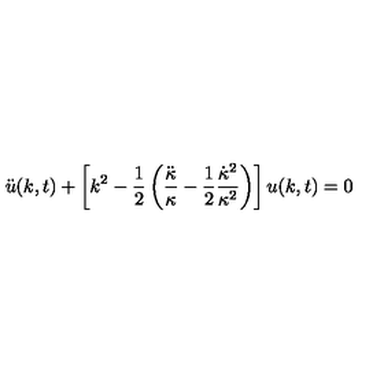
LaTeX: \ddot { u } ( k , t ) + \left[ k ^ { 2 } - { \frac { 1 } { 2 } } \left( { \frac { \ddot { \kappa } } { \kappa } } - { \frac { 1 } { 2 } } { \frac { \dot { \kappa } ^ { 2 } } { \kappa ^ { 2 } } } \right) \right] u ( k , t ) = 0